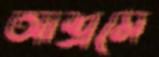
আশ্রমে